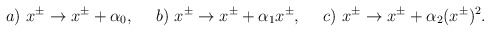
\begin{align*}a)~ x^{\pm}\rightarrow x^{\pm}+\alpha_0,~~~~b)~ x^{\pm}\rightarrow x^{\pm}+{\alpha_1}x^{\pm},~~~~c)~ x^{\pm}\rightarrow{x^{\pm}}+\alpha_2(x^{\pm})^2.\end{align*}